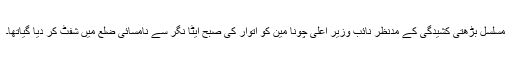
مسلسل بڑھتی کشیدگی کے مدنظر نائب وزیر اعلیٰ چونا مین کو اتوار کی صبح ایٹا نگر سے نامسائی ضلع میں شفٹ کر دیا گیاتھا۔